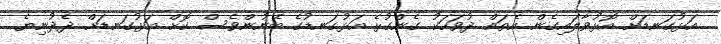
އަޅުގަނޑަށް އޮޅުވާލައިގެން އެތައް ދުވަހަކު ގެންގުޅެ އަޅުގަނޑުގެ ބޭނުންވެސް ކޮށް އަޅުގަނޑަށް ދެދުނިޔެ